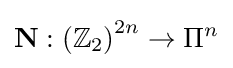
\mathbf {N} :\left(\mathbb {Z} _{2}\right)^{2n}\rightarrow \Pi ^{n}